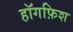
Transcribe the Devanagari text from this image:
हॉगफ़िश